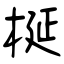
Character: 梴